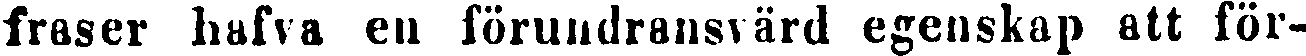
fraser hafva eu förundransvärd egenskap att för-